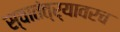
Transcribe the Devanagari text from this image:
स्वातंत्र्यावरच